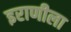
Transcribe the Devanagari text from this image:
इराणीला